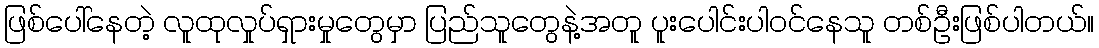
ဖြစ်ပေါ်နေတဲ့ လူထုလှုပ်ရှားမှုတွေမှာ ပြည်သူတွေနဲ့အတူ ပူးပေါင်းပါဝင်နေသူ တစ်ဦးဖြစ်ပါတယ်။